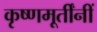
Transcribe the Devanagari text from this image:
कृष्णमूर्तींनीं